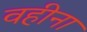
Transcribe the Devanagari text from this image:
वहीना